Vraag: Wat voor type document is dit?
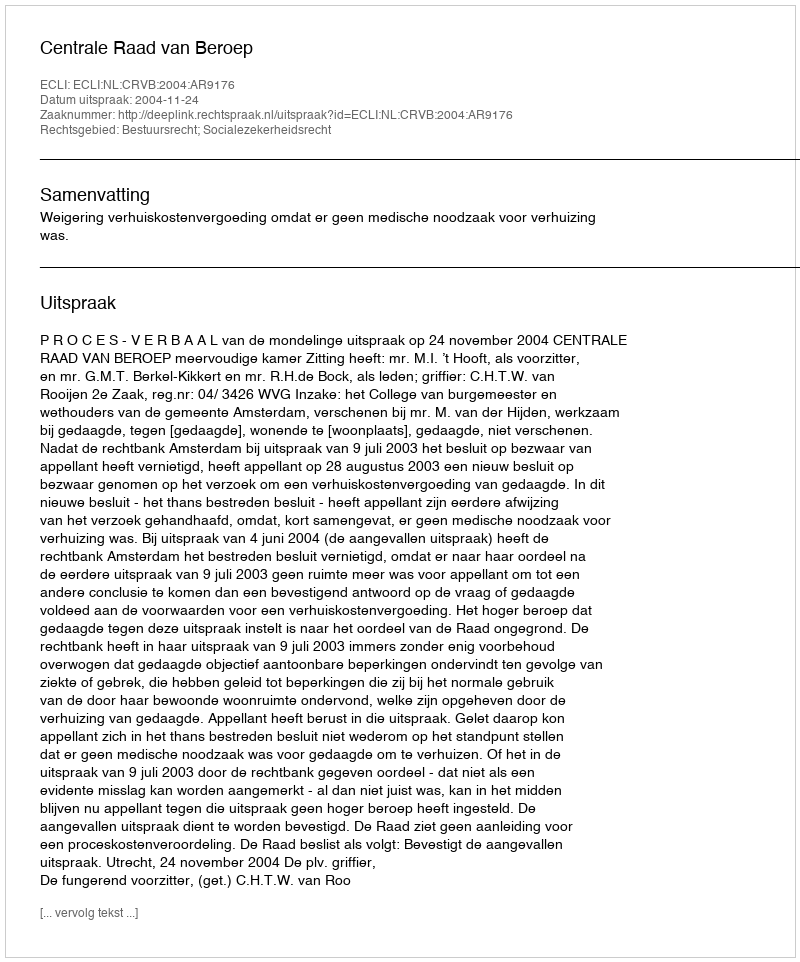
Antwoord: Uitspraak